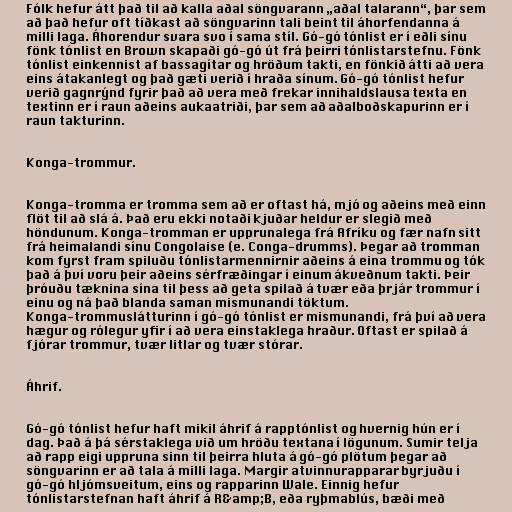
Fólk hefur átt það til að kalla aðal söngvarann „aðal talarann“, þar sem
að það hefur oft tíðkast að söngvarinn tali beint til áhorfendanna á
milli laga. Áhorendur svara svo í sama stíl. Gó-gó tónlist er í eðli sínu
fönk tónlist en Brown skapaði gó-gó út frá þeirri tónlistarstefnu. Fönk
tónlist einkennist af bassagítar og hröðum takti, en fönkið átti að vera
eins átakanlegt og það gæti verið í hraða sínum. Gó-gó tónlist hefur
verið gagnrýnd fyrir það að vera með frekar innihaldslausa texta en
textinn er í raun aðeins aukaatriði, þar sem að aðalboðskapurinn er í
raun takturinn.

Konga-trommur.

Konga-tromma er tromma sem að er oftast há, mjó og aðeins með einn
flöt til að slá á. Það eru ekki notaði kjuðar heldur er slegið með
höndunum. Konga-tromman er upprunalega frá Afríku og fær nafn sitt
frá heimalandi sínu Congolaise (e. Conga-drumms). Þegar að tromman
kom fyrst fram spiluðu tónlistarmennirnir aðeins á eina trommu og tók
það á því voru þeir aðeins sérfræðingar í einum ákveðnum takti. Þeir
þróuðu tæknina sína til þess að geta spilað á tvær eða þrjár trommur í
einu og ná það blanda saman mismunandi töktum.
Konga-trommuslátturinn í gó-gó tónlist er mismunandi, frá því að vera
hægur og rólegur yfir í að vera einstaklega hraður. Oftast er spilað á
fjórar trommur, tvær litlar og tvær stórar.

Áhrif.

Gó-gó tónlist hefur haft mikil áhrif á rapptónlist og hvernig hún er í
dag. Það á þá sérstaklega við um hröðu textana í lögunum. Sumir telja
að rapp eigi uppruna sinn til þeirra hluta á gó-gó plötum þegar að
söngvarinn er að tala á milli laga. Margir atvinnurapparar byrjuðu í
gó-gó hljómsveitum, eins og rapparinn Wale. Einnig hefur
tónlistarstefnan haft áhrif á R&amp;B, eða ryþmablús, bæði með